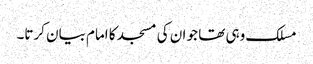
مسلک وہی تھا جو ان کی مسجد کا امام بیان کرتا۔